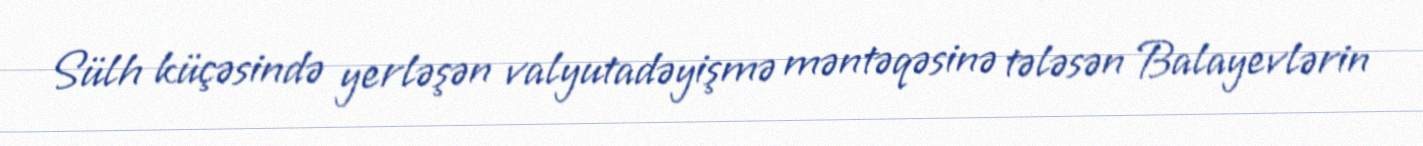
Sülh küçəsində yerləşən valyutadəyişmə məntəqəsinə tələsən Balayevlərin